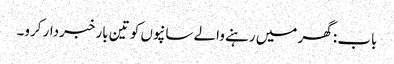
باب : گھر میں رہنے والے سانپوں کو تین بار خبردار کرو۔